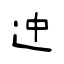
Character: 迚